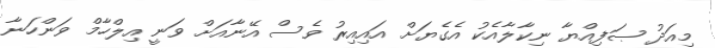
މިއަދު ޞަފިއްޔާ ނިކާލާއެކު އެގެޔަށް އައިއިރު ވެސް އޭނާއަށް ވަނީ އިލްހާމް ވަންހަނާ